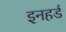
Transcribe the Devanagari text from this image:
इनहर्ड